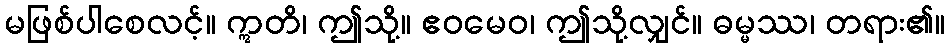
မဖြစ်ပါစေလင့်။ ဣတိ၊ ဤသို့။ ဧဝမေဝ၊ ဤသို့လျှင်။ ဓမ္မဿ၊ တရား၏။